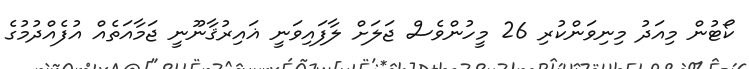
ކޯޓުން މިއަދު މިނިވަންކުރި 26 މީހުންވެސް ޖަލަށް ލާފައިވަނީ ޣައިރުޤާނޫނީ ޖަމާއަތެއް އުފެއްދުމުގެ